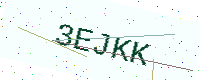
Text: 3EJKK